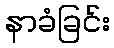
နာခံခြင်း